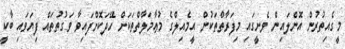
މީގެއިތުރުން އޮންލައިން ވެށީގައި މިފަރާތްތަކުން އީމެއިލްގެ މުޢާމަލާތްތަކަށް ހޭދަކޮށްފައިވާ ވަގުތުތައް ފިޔަވައި ބާކީ